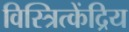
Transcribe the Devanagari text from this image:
विस्त्रित्केंद्रिय